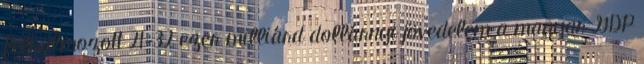
felhalmozott 21-32 ezer milliárd dollárnyi jövedelem a magyar GDP